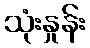
သုံးနှုန်း